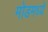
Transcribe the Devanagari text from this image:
मोडमध्ये